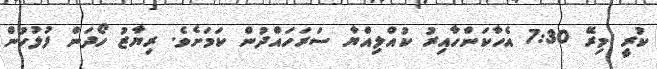
ކުރީ މިރޭ 7:30 އެހާކަންހާއިރު ކުއްލިއްޔާ ސަރަހައްދުން ކަމަށެވެ. ރިޔާޒު ހޯދަން ފުލުހުން